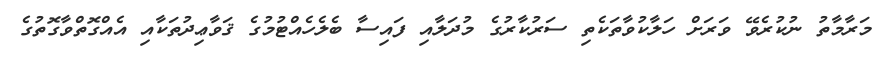
މަރާމާތު ނުކުރެވޭ ވަރަށް ހަލާކުވާތަކެތި ސަރުކާރުގެ މުދަލާއި ފައިސާ ބެލެހެއްޓުމުގެ ޤަވާޢިދުތަކާއި އެއްގޮތްވާގޮތުގެ